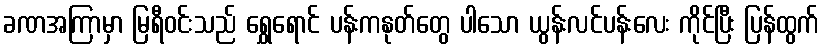
ခဏအကြာမှာ မြရီဝင်းသည် ရွှေရောင် ပန်းကနုတ်တွေ ပါသော ယွန်းလင်ပန်းလေး ကိုင်ပြီး ပြန်ထွက်